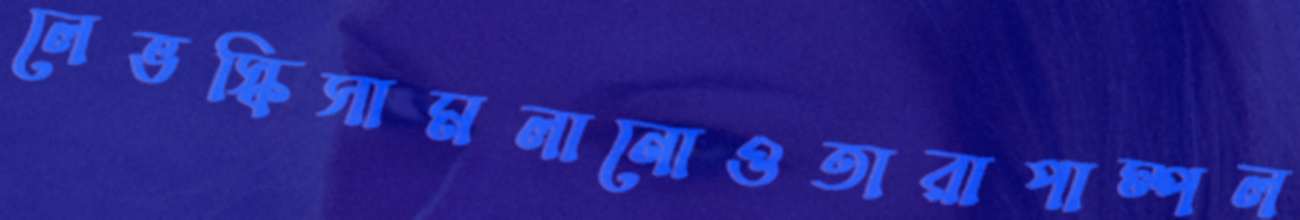
লেভস্কিসামলানোওতারাপাম্পল